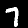
Digit: 7